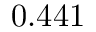
0 . 4 4 1